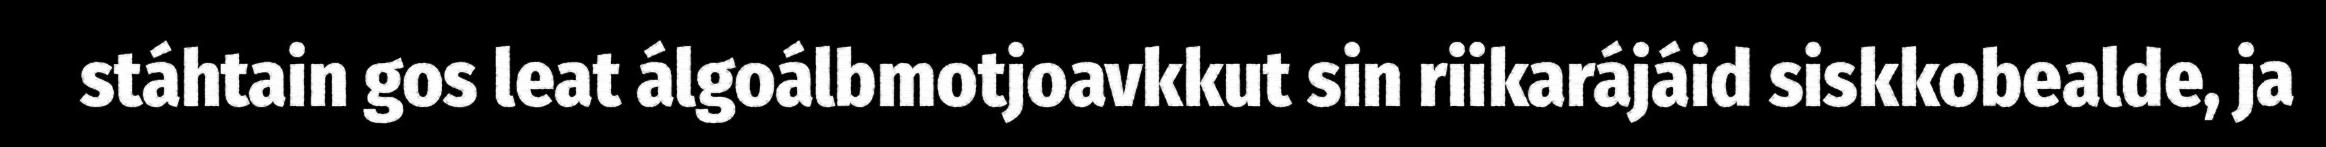
stáhtain gos leat álgoálbmotjoavkkut sin riikarájáid siskkobealde, ja